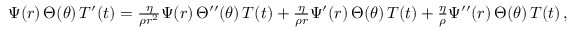
\begin{array} { r } { \Psi ( r ) \, \Theta ( \theta ) \, T ^ { \prime } ( t ) = \frac { \eta } { \rho r ^ { 2 } } \Psi ( r ) \, \Theta ^ { \prime \prime } ( \theta ) \, T ( t ) + \frac { \eta } { \rho r } \Psi ^ { \prime } ( r ) \, \Theta ( \theta ) \, T ( t ) + \frac { \eta } { \rho } \Psi ^ { \prime \prime } ( r ) \, \Theta ( \theta ) \, T ( t ) \, , } \end{array}